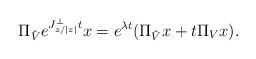
LaTeX: \begin{align*} \Pi_{\tilde{V}} e^{J_{z/|z|}^\perp t} x = e^{\lambda t}(\Pi_{\tilde{V}}x + t\Pi_{V} x).\end{align*}